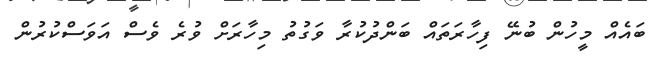
ބައެއް މީހުން ބުނޭ ފިހާރަތައް ބަންދުކުރާ ވަގުތު މިހާރަށް ވުރެ ވެސް އަވަސްކުރުން